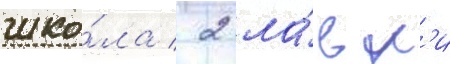
шко́ла / 2 ла́вк'и